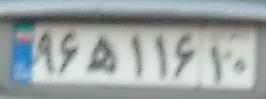
۹۶ه۱۱۶۱۰